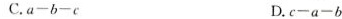
C$$.a-b-e $$D.$$c-a-b$$